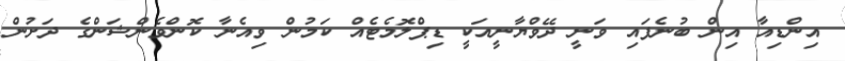
އިންޑިއާ އިން ބުނެފައި ވަނީ ދޭވްޔާނީއަކީ ޑިޕްލޮމެޓެއް ކަމުން ވިއެނާ ކޮންވެންޝަންގެ ދަށުން